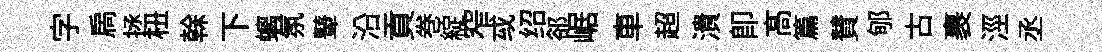
字扄拯杻𠏉下螭氛鼙沿貢巻綻窄㦯绍郤崌車超潰即髙篇賛郇古裹涇丞